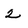
Character: 2